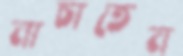
নাচাতেন